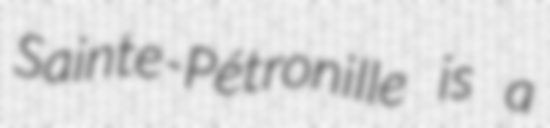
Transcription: Sainte-Pétronille is a